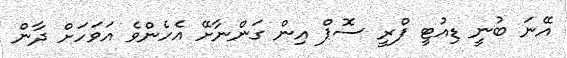
އޭނަ ބުނީ ޑިއުޓީ ފްރީ ސޮޕް އިން ގަންނާށޭ އެހެންވެ އަވަހަށް ދާން